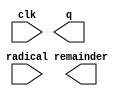
// megafunction wizard: %ALTSQRT%VBB%
// GENERATION: STANDARD
// VERSION: WM1.0
// MODULE: ALTSQRT 

// ============================================================
// Megafunction Name(s):
// 			ALTSQRT
//
// Simulation Library Files(s):
// 			
// ============================================================
// ************************************************************
// THIS IS A WIZARD-GENERATED FILE. DO NOT EDIT THIS FILE!
//
// 20.1.1 Build 720 11/11/2020 SJ Lite Edition
// ************************************************************

//Copyright (C) 2020  Intel Corporation. All rights reserved.
//Your use of Intel Corporation's design tools, logic functions 
//and other software and tools, and any partner logic 
//functions, and any output files from any of the foregoing 
//(including device programming or simulation files), and any 
//associated documentation or information are expressly subject 
//to the terms and conditions of the Intel Program License 
//Subscription Agreement, the Intel Quartus Prime License Agreement,
//the Intel FPGA IP License Agreement, or other applicable license
//agreement, including, without limitation, that your use is for
//the sole purpose of programming logic devices manufactured by
//Intel and sold by Intel or its authorized distributors.  Please
//refer to the applicable agreement for further details, at
//https://fpgasoftware.intel.com/eula.

module Sqrt (
	clk,
	radical,
	q,
	remainder);

	input	  clk;
	input	[21:0]  radical;
	output	[10:0]  q;
	output	[11:0]  remainder;

endmodule

// ============================================================
// CNX file retrieval info
// ============================================================
// Retrieval info: PRIVATE: INTENDED_DEVICE_FAMILY STRING "Cyclone 10 LP"
// Retrieval info: PRIVATE: SYNTH_WRAPPER_GEN_POSTFIX STRING "0"
// Retrieval info: LIBRARY: altera_mf altera_mf.altera_mf_components.all
// Retrieval info: CONSTANT: PIPELINE NUMERIC "1"
// Retrieval info: CONSTANT: Q_PORT_WIDTH NUMERIC "11"
// Retrieval info: CONSTANT: R_PORT_WIDTH NUMERIC "12"
// Retrieval info: CONSTANT: WIDTH NUMERIC "22"
// Retrieval info: USED_PORT: clk 0 0 0 0 INPUT NODEFVAL "clk"
// Retrieval info: USED_PORT: q 0 0 11 0 OUTPUT NODEFVAL "q[10..0]"
// Retrieval info: USED_PORT: radical 0 0 22 0 INPUT NODEFVAL "radical[21..0]"
// Retrieval info: USED_PORT: remainder 0 0 12 0 OUTPUT NODEFVAL "remainder[11..0]"
// Retrieval info: CONNECT: @clk 0 0 0 0 clk 0 0 0 0
// Retrieval info: CONNECT: @radical 0 0 22 0 radical 0 0 22 0
// Retrieval info: CONNECT: q 0 0 11 0 @q 0 0 11 0
// Retrieval info: CONNECT: remainder 0 0 12 0 @remainder 0 0 12 0
// Retrieval info: GEN_FILE: TYPE_NORMAL Sqrt.v TRUE
// Retrieval info: GEN_FILE: TYPE_NORMAL Sqrt.inc FALSE
// Retrieval info: GEN_FILE: TYPE_NORMAL Sqrt.cmp FALSE
// Retrieval info: GEN_FILE: TYPE_NORMAL Sqrt.bsf FALSE
// Retrieval info: GEN_FILE: TYPE_NORMAL Sqrt_inst.v FALSE
// Retrieval info: GEN_FILE: TYPE_NORMAL Sqrt_bb.v TRUE